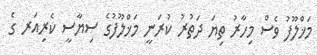
މަޚްލޫފު ވެސް މިހާރު ތިޔަ ދަތުރު ކުރަނީ މަޚްލޫފުގެ ސިޔާސީ ކެރިއަރ ގެ